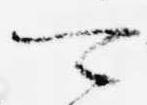
可